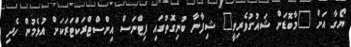
ޔޯގާ އަށް "މާބޮޑަށް ޝައުގުވެރިވީ" ޝިފާނާ ބުނިގޮތުގައި ފިޓްނަސް އިންސްޓްރަކްޓަރަކަށް އުޅެމުން ހެދި